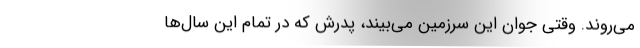
می‌روند. وقتی جوان این سرزمین می‌بیند، پدرش که در تمام این سال‌ها